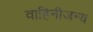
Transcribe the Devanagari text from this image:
वाहिनीजन्य